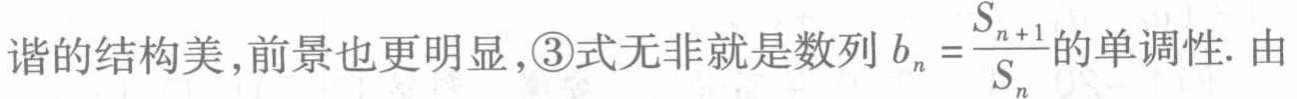
谐的结构美,前景也更明显,\textcircled{3}式无非就是数列 \(b_{n}=\frac{S_{n + 1}}{S_{n}}\)的单调性. 由